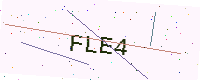
Text: FLE4